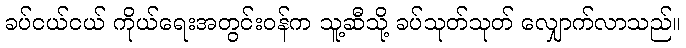
ခပ်ငယ်ငယ် ကိုယ်ရေးအတွင်းဝန်က သူ့ဆီသို့ ခပ်သုတ်သုတ် လျှောက်လာသည်။